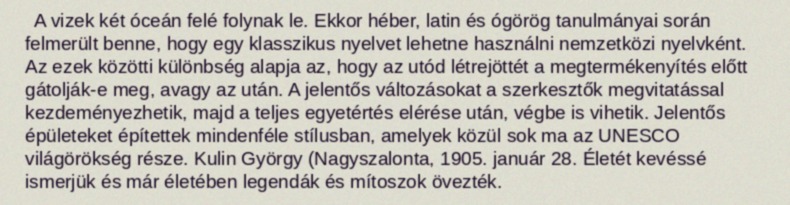
A vizek két óceán felé folynak le. Ekkor héber, latin és ógörög tanulmányai során felmerült benne, hogy egy klasszikus nyelvet lehetne használni nemzetközi nyelvként. Az ezek közötti különbség alapja az, hogy az utód létrejöttét a megtermékenyítés előtt gátolják-e meg, avagy az után. A jelentős változásokat a szerkesztők megvitatással kezdeményezhetik, majd a teljes egyetértés elérése után, végbe is vihetik. Jelentős épületeket építettek mindenféle stílusban, amelyek közül sok ma az UNESCO világörökség része. Kulin György (Nagyszalonta, 1905. január 28. Életét kevéssé ismerjük és már életében legendák és mítoszok övezték.